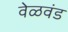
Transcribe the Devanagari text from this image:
वेळवंड